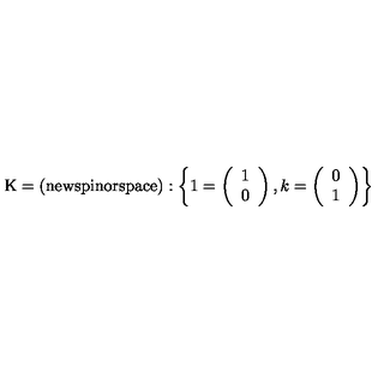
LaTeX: \mathrm { K = ( n e w s p i n o r s p a c e ) } : \left\{ 1 = \left( \begin{array} { l } { 1 } \\ { 0 } \\ \end{array} \right) , k = \left( \begin{array} { l } { 0 } \\ { 1 } \\ \end{array} \right) \right\}